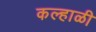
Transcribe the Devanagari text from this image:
कल्हाळी